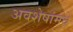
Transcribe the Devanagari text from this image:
अवशेषांमधे